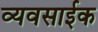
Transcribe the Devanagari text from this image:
व्यवसाईक